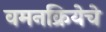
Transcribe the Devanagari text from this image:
वमनक्रियेचे